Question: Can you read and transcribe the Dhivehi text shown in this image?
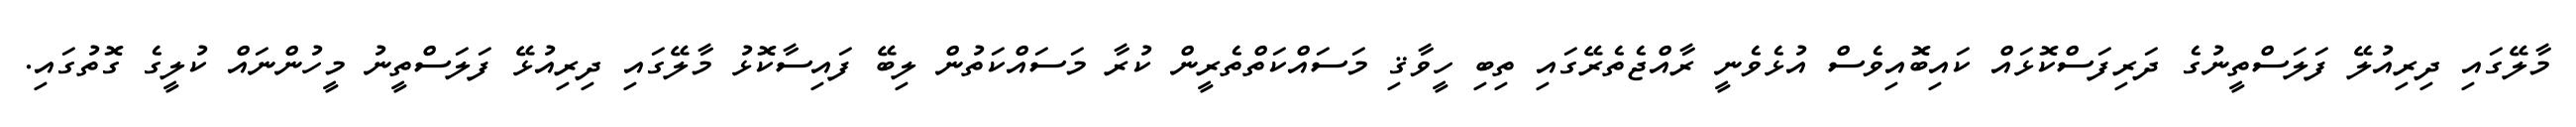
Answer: މާލޭގައި ދިރިއުލޭ ފަލަސްތީނުގެ ދަރިފަސްކޮޅައް ކައިބޮއިވެސް އުޅެވެނީ ރާއްޖެތެރޭގައި ތިބި ހީވާޤި މަސައްކަތްތެރީން ކުރާ މަސައްކަތުން ލިބޭ ފައިސާކޮޅު މާލޭގައި ދިރިއުޅޭ ފަލަސްތީނު މީހުންނައް ކުލީގެ ގޮތުގައި.